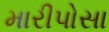
મારીપોસા